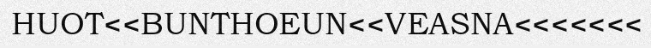
HUOT<<BUNTHOEUN<<VEASNA<<<<<<<